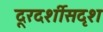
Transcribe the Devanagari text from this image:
दूरदर्शीसदृश